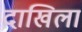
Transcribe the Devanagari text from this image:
दाखिला